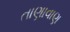
તાણાવાણ